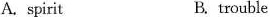
A.spirit B. trouble